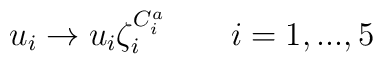
u_{i}\rightarrow u_{i}\zeta _{i}^{C_{i}^{a}}\qquad i=1,...,5